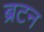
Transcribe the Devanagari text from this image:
ब्रटन